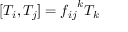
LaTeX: [ T _ { i } , T _ { j } ] = { f _ { i j } } ^ { k } T _ { k }